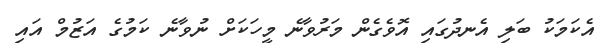
އެކަމަކު ބަލި އެނދުގައި އޮވެގެން މަރުވާނެ މީހަކަށް ނުވާނެ ކަމުގެ އަޒުމް އައި